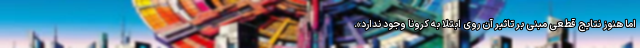
اما هنوز نتایج قطعی مبنی بر تاثیر آن روی ابتلا به کرونا وجود ندارد».